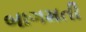
બાગમતી